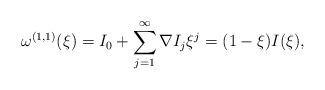
LaTeX: \begin{align*}\omega^{(1,1)}(\xi)=I_{0}+\sum_{j=1}^{\infty}\nabla I_{j}\xi^{j}=(1-\xi)I(\xi),\end{align*}